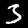
Label: 3